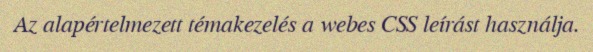
Az alapértelmezett témakezelés a webes CSS leírást használja.